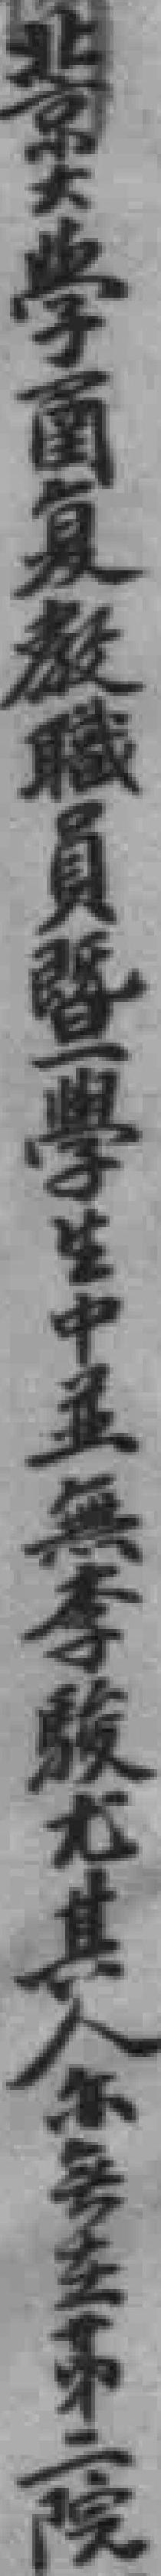
北京尖学画夏教職員暨一學生中王無李駿尤其人尔务生弟二院